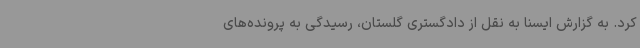
کرد. به گزارش ایسنا به نقل از دادگستری گلستان، رسیدگی به پرونده‌های